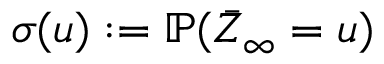
\sigma ( u ) : = { \mathbb P } ( \bar { Z } _ { \infty } = u )